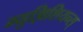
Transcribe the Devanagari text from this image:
म्युझिशियन्स्